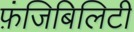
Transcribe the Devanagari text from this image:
फ़ंजिबिलिटी